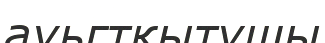
ауьгтқытушы